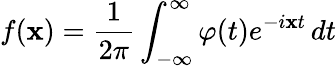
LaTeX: f(\mathbf{x})={\frac{{1}}{{2\pi}}}\int_{-\infty}^{\infty}\varphi(t)e^{-i\mathbf{x}t}\, dt